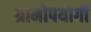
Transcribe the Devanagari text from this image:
ग्रामोपयोगी